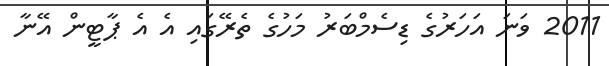
2011 ވަނަ އަހަރުގެ ޑިސެމްބަރު މަހުގެ ތެރޭގައި އެ އެ ޕާޓީން އޭނާ